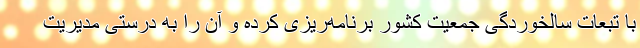
با تبعات سالخوردگی جمعیت کشور برنامه‌ریزی کرده و آن را به درستی مدیریت